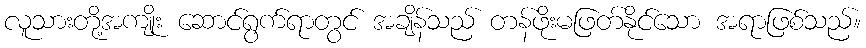
လူသားတို့အကျိုး ဆောင်ရွက်ရာတွင် အချိန်သည် တန်ဖိုးမဖြတ်နိုင်သော အရာဖြစ်သည်။